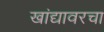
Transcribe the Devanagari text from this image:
खांद्यावरचा